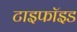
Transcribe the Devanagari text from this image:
टाइफॉइड